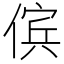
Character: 傧